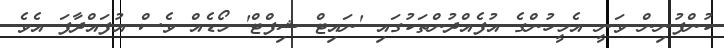
ކުންފުނިން ވަނީ އެމީހުންގެ އުފެއްދުންތަކުގައި 'ނައިޓް ޝިފްޓް' މޯޑެއް ވެސް އުފައްދާފަ އެވެ.